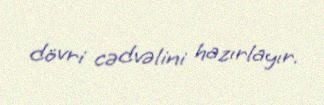
dövri cədvəlini hazırlayır.